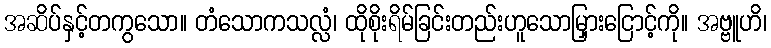
အဆိပ်နှင့်တကွသော။ တံသောကသလ္လံ၊ ထိုစိုးရိမ်ခြင်းတည်းဟူသောမြှားငြောင့်ကို။ အဗ္ဗူဟိ၊